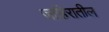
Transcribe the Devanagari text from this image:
जाहिरातील